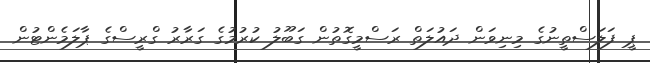
ޕީ ފަލަސްތީނުގެ މިނިވަން ދައުލަތް ރަސްމީގޮތުން ގަބޫލު ކުރުމުގެ ގަރާރު ގްރީސްގެ ޕާލަމެންޓުން